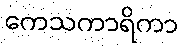
ကေသကာရိကာ